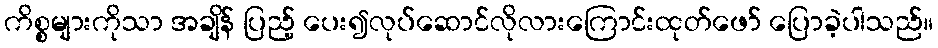
ကိစ္စများကိုသာ အချိန် ပြည့် ပေး၍လုပ်ဆောင်လိုလားကြောင်းထုတ်ဖော် ပြောခဲ့ပါသည်။